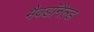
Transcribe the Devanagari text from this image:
मैक्डॉनैल्ड